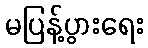
မပြန့်ပွားရေး